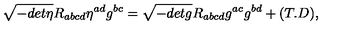
\sqrt { - d e t \eta } R _ { a b c d } \eta ^ { a d } g ^ { b c } = \sqrt { - d e t g } R _ { a b c d } g ^ { a c } g ^ { b d } + ( T . D ) ,